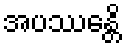
အပဿေန္တိ